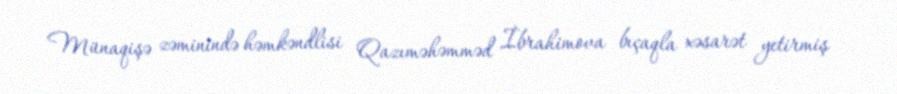
Münaqişə zəminində həmkəndlisi Qazıməhəmməd İbrahimova bıçaqla xəsarət yetirmiş